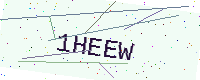
Text: 1HEEW